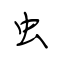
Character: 虫